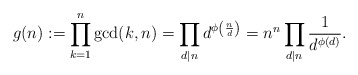
\begin{align*} g(n) := \prod_{k=1}^n \gcd(k, n) = \prod_{d \mid n} d^{\phi\left(\frac{n}{d}\right)} = n^n \prod_{d \mid n} \frac{1}{d^{\phi(d)}}.\end{align*}